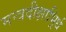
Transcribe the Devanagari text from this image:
मन्त्रदीक्षाभिर्र्ध